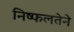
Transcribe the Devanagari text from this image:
निष्फलतेने